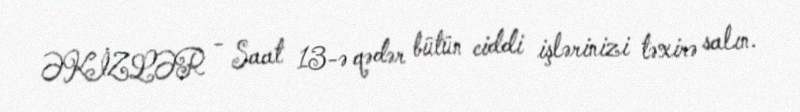
ƏKİZLƏR - Saat 13-ə qədər bütün ciddi işlərinizi təxirə salın.